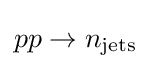
pp\rightarrow n_{\text{jets}}